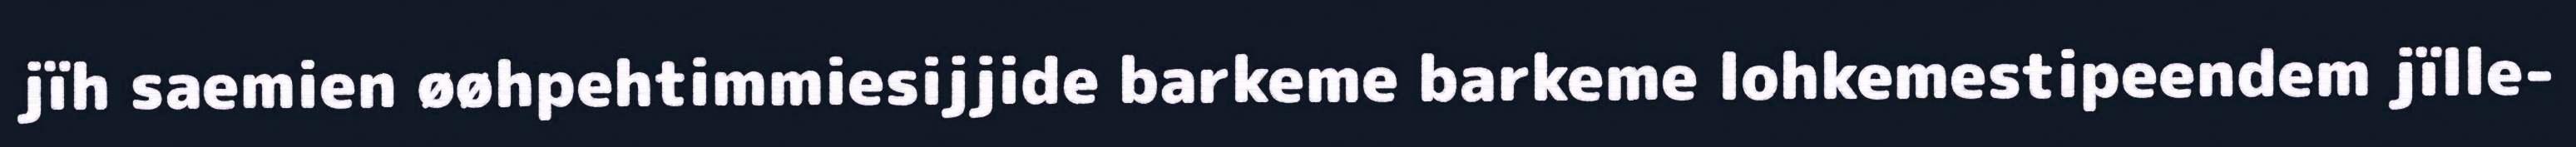
jïh saemien øøhpehtimmiesijjide barkeme barkeme lohkemestipeendem jïlle-